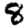
Digit: 8